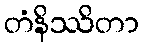
တံနိဿိတာ